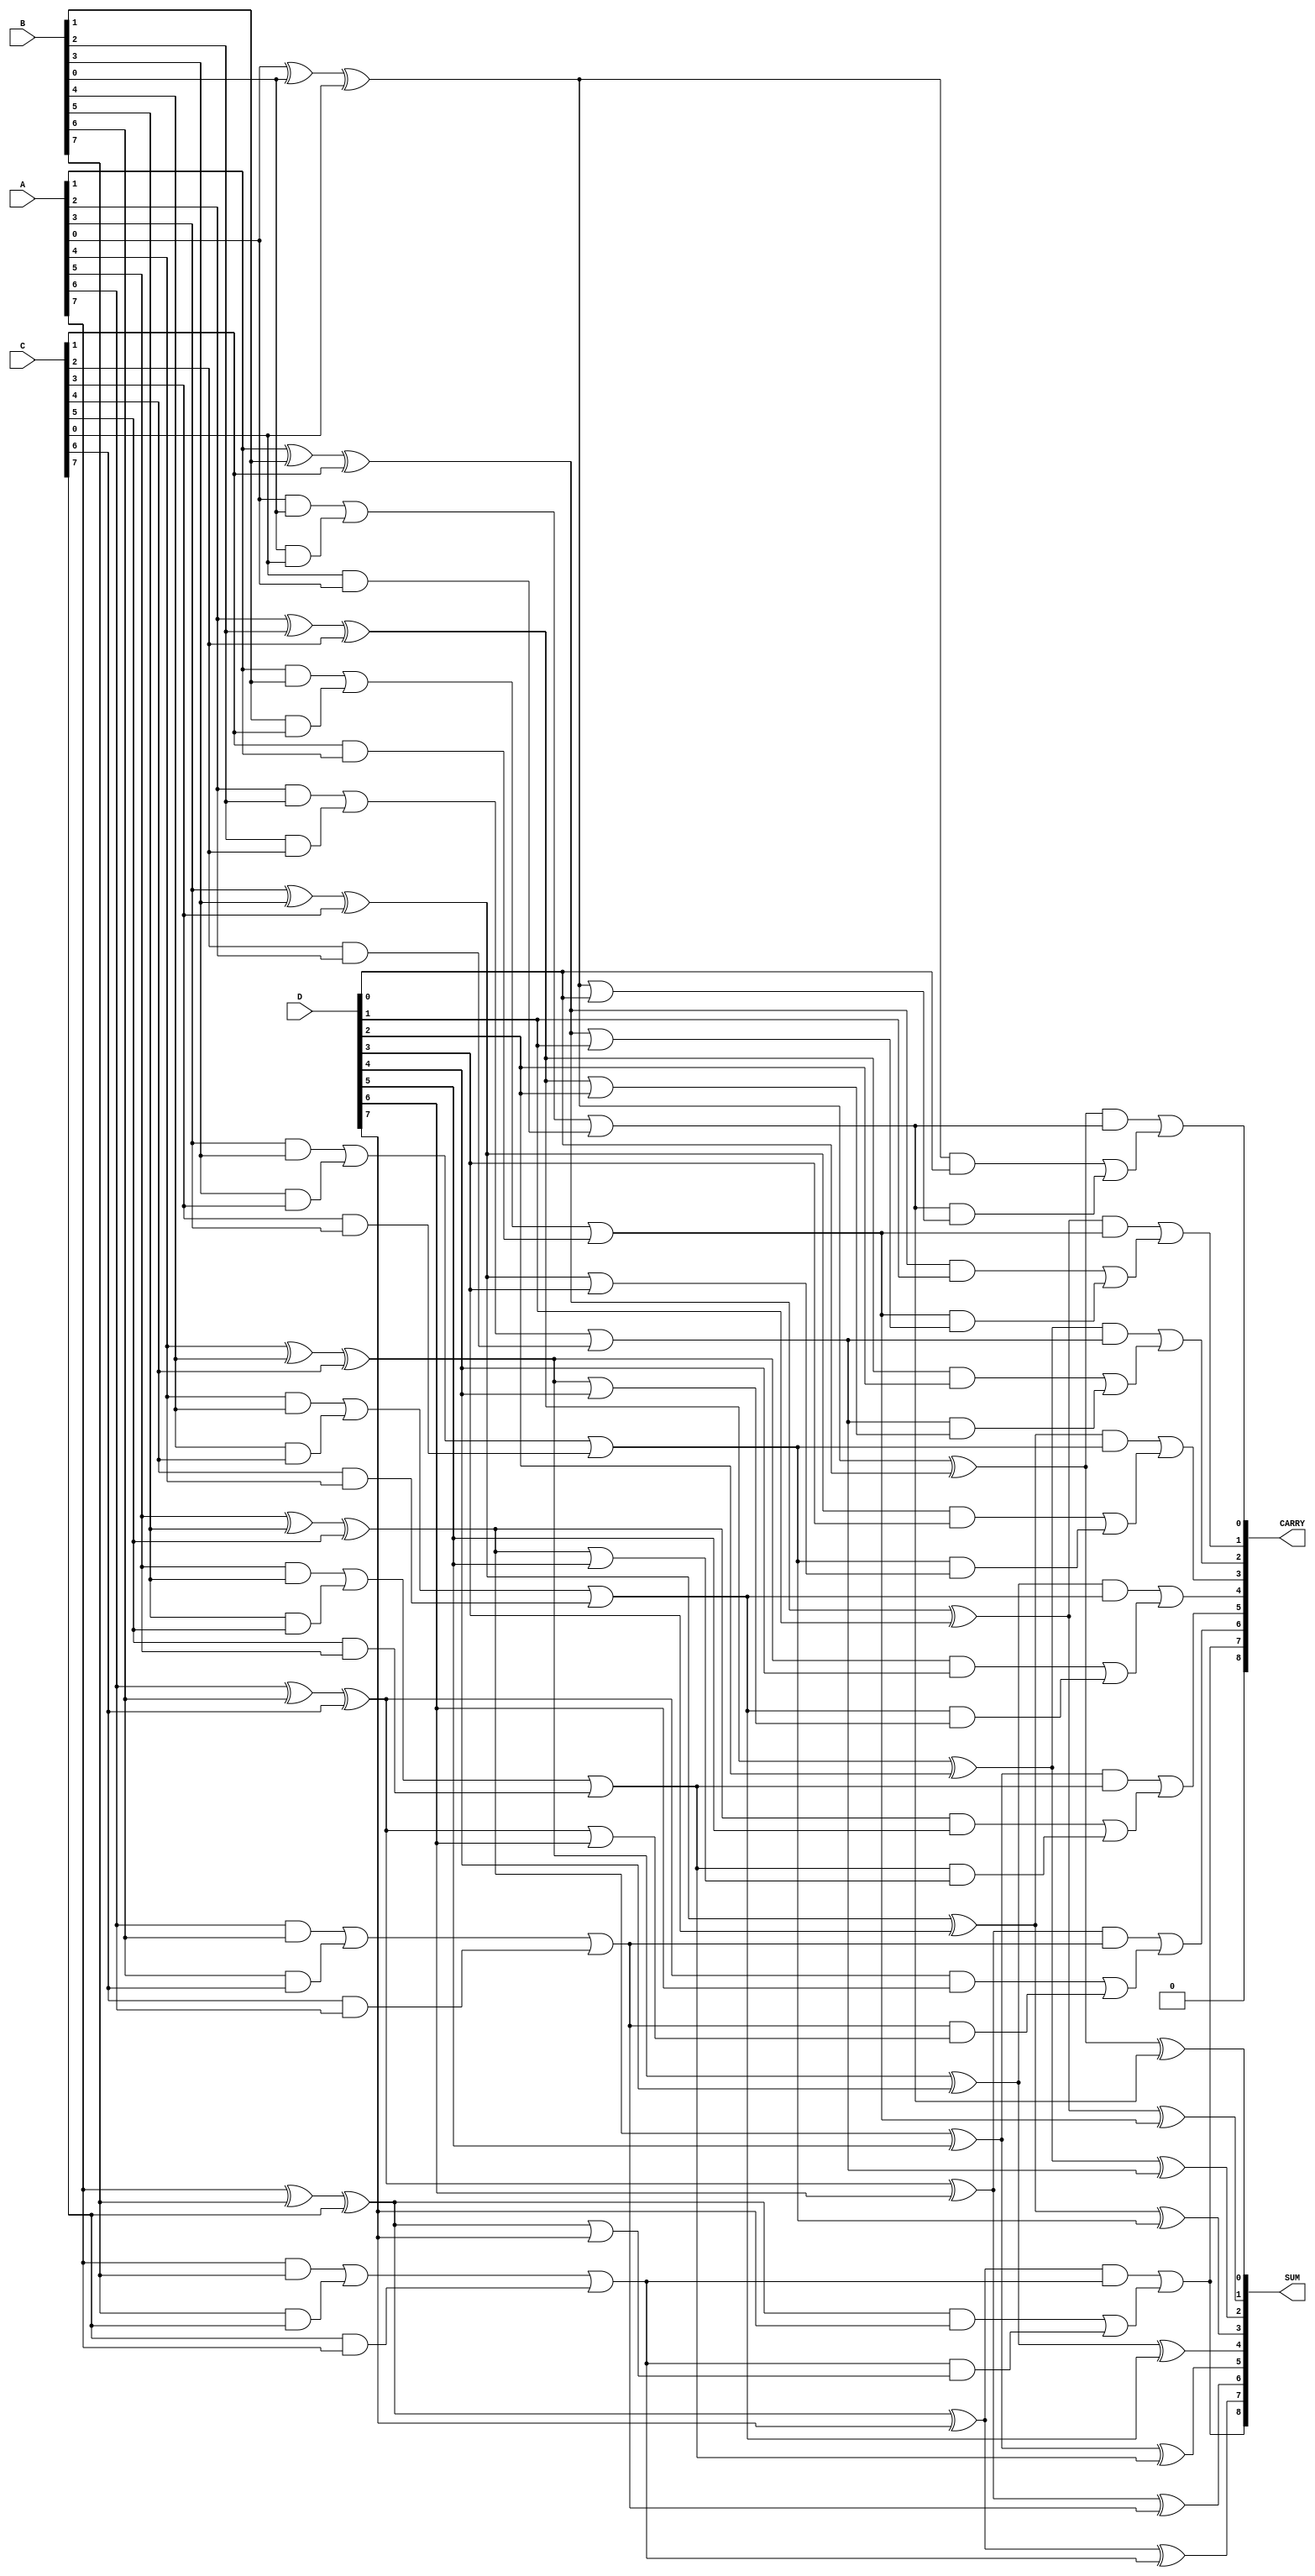
module carry_save_adder #(
    parameter WIDTH = 8, // Bit-width of the inputs
    parameter NUM_INPUTS = 4 // Number of inputs
)(
    input [WIDTH-1:0] A, // First input
    input [WIDTH-1:0] B, // Second input
    input [WIDTH-1:0] C, // Third input
    input [WIDTH-1:0] D, // Fourth input
    output [WIDTH:0] SUM, // Final sum output (WIDTH + 1 bits for carry)
    output [WIDTH:0] CARRY // Final carry output
);

    // Intermediate sums and carries
    wire [WIDTH-1:0] sum1, sum2, sum3;
    wire [WIDTH-1:0] carry1, carry2, carry3;

    // First level of full adders
    generate
        genvar i;
        for (i = 0; i < WIDTH; i = i + 1) begin : first_level
            // Full adder for inputs A, B, and C
            assign sum1[i] = A[i] ^ B[i] ^ C[i];
            assign carry1[i] = (A[i] & B[i]) | (B[i] & C[i]) | (C[i] & A[i]);
        end
    endgenerate

    // Second level of full adders
    generate
        for (i = 0; i < WIDTH; i = i + 1) begin : second_level
            // Full adder for sum1 and D
            assign sum2[i] = sum1[i] ^ D[i];
            assign carry2[i] = (sum1[i] & D[i]) | (carry1[i] & (sum1[i] | D[i]));
        end
    endgenerate

    // Third level of full adders (final stage)
    generate
        for (i = 0; i < WIDTH; i = i + 1) begin : final_level
            // Final sum and carry
            assign sum3[i] = sum2[i] ^ carry1[i];
            assign carry3[i] = (sum2[i] & carry1[i]) | carry2[i];
        end
    endgenerate

    // Final output
    assign SUM = {carry3[WIDTH-1], sum3}; // Include carry out
    assign CARRY = carry3;

endmodule